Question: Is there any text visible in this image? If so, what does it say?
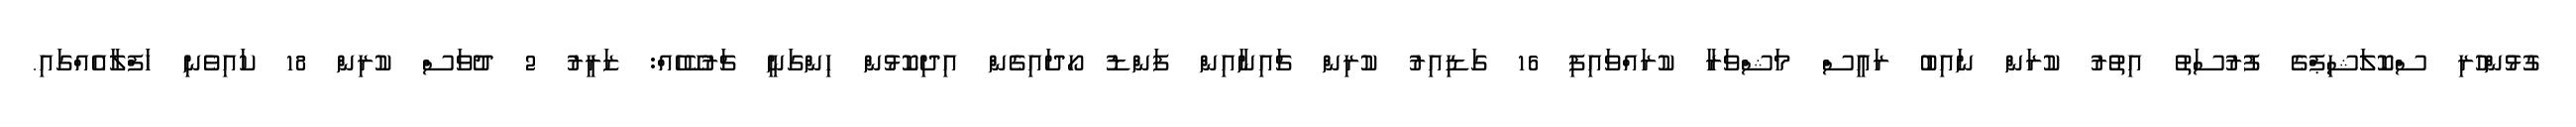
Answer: ގުޅުންހުރި ސްކޮލަޝިޕްގެ ފުރުސަތު އިތުރު ކުރަން ނައިބު ރައީސް މަޝްވަރާ ކުރައްވައިފި 16 ގަޑިއިރު ކުރިން ޗައިނާއިން ފަންޑު ހޯދައިގެން އިދިކޮޅުން ހިންގަނީ ޗަރުކޭހެއް: ޒަރީރު 2 ދުވަސް ކުރިން 18 ކައިވެނި ހަފްލާއެއްގައި.